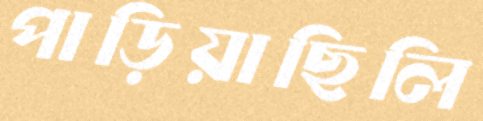
পাড়িয়াছিলি